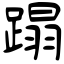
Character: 蹋